Report on horse surra - Volume I
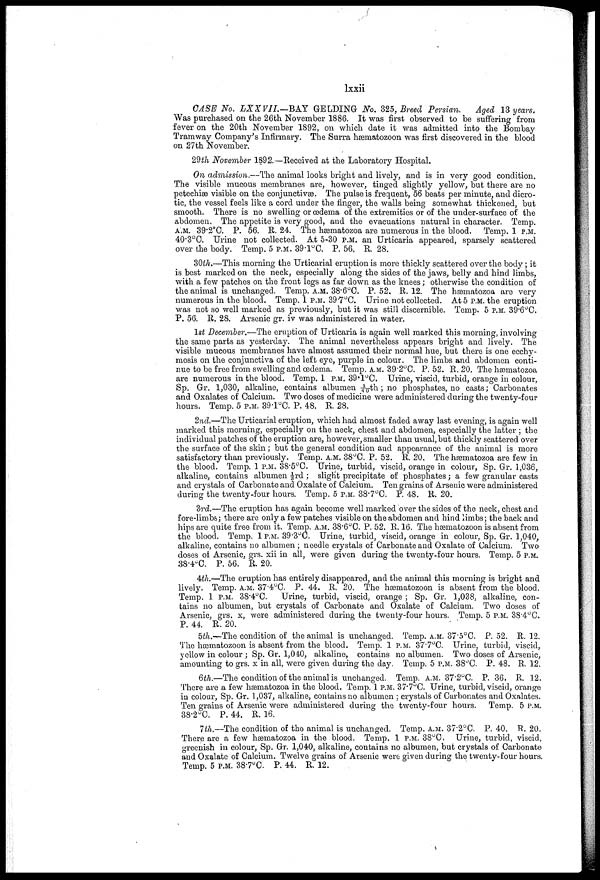
CASE No. LXXVII—BAY
GELDING No. 325, Breed Persian.
Aged 13 years.
Was purchased on the 26th November 1886. It was first observed to be suffering from
fever on the 20th November 1892, on which date it was admitted into the Bombay
Tramway Company's Infirmary. The Surra hæmatozoon was first discovered in the blood
on 27th November.
29th November 1892.—Received at the Laboratory Hospital.
On admission.—The animal looks bright and lively, and is in very good condition.
The visible mucous membranes are, however, tinged slightly yellow, but there are no
petechiæ visible on the conjunctivas. The pulse is frequent, 56 beats per minute, and dicro-
tic, the vessel feels like a cord under the linger, the walls being somewhat thickened, but
smooth. There is no swelling or œdema of the extremities or of the under-surface of the
abdomen. The appetite is very good, and the evacuations natural in character. Temp.
A.M. 39.2°C. P. 56. R. 24. The hæmatozoa are numerous in the blood. Temp. 1 P.M.
40.3°O. Urine not collected. At 5.30 P.M. an Urticaria appeared, suarsely scattered
over the body. Temp. 5 P.M. 39.1°C. P. 56, R. 28.
20th.—This morning the Urticarial eruption is more thickly scattered over the body ; it
is best marked on the neck, especially along the sides of the jaws, belly and hind limbs,
with a few patches on the front legs as far down as the knees ; otherwise the condition of
the animal is unchanged. Temp. A.M. 38.6°C. P. 52. R. 12. The hæmatozoa are very
numerous in the blood. Temp. 1 P.M. 39.7°C. Urine not collected. At 5 P.M. the eruption
was not so well marked as previously, but it was still discernible. Temp. 5 P.M. 39.6°C.
P. 56. R. 28. Arsenic gr. iv was administered in water.
1st December.—The eruption of Urticaria is again well marked this morning, involving
the same parts as yesterday. The animal nevertheless appears bright and lively. The
visible mucous membranes have almost assumed their normal hue, but there is one ecchy-
mosis on the conjunctiva of the left eye, purple in colour. The limbs and abdomen conti-
nue to be free from swelling and œdema. Temp. A.M. 39.2°C. P. 52. R. 20. The hæmatozoa
are numerous in the blood. Temp. 1 P.M. 39.1°C. Urine, viscid, turbid, orange in colour,
Sp. Gr. 1,030, alkaline, contains albumen 1/40 th ; no phosphates, no casts ; Carbonates
and Oxalates of Calcium. Two doses of medicine were administered during the twenty-four
hours. Temp. 5 P.M. 39.1°C. P. 48. R. 28.
2nd.—The Urticarial eruption, which had almost faded away last evening, is again well
marked this morning, especially on the neck, chest and abdomen, especially the latter ; the
individual patches of the eruption are, however, smaller than usual, but thickly scattered over
the surface of the skin ; but the general condition and appearance of the animal is more
satisfactory than previously. Temp. A.M. 38°C. P. 52. R. 20. The hæmatozoa are few in
the blood. Temp. 1 P.M. 38.5°C. Urine, turbid, viscid, orange in colour, Sp. Gr. 1,036,
alkaline, contains albumen 1/3rd ; slight precipitate of phosphates ; a few granular casts
and crystals of Carbonate and Oxalate of Calcium. Ten grains of Arsenic were administered
during the twenty-four hours. Temp. 5 P.M. 38.7°C. P. 48. R. 20.
3rd.—The eruption has again become well marked over the sides of the neck, chest and
fore-limbs; there are only a few patches visible on the abdomen and hind limbs; the back and
hips are quite free from it. Temp. A.M. 38.6°C. P. 52. R. 16. The hæmatozoon is absent from
the blood. Temp. 1 P.M. 39.3°C. Urine, turbid, viscid, orange in colour, Sp. Gr. 1,040,
alkaline, contains no albumen ; needle crystals of Carbonate and Oxalate of Calcium. Two
doses of Arsenic, grs. xii in all, were given during the twenty-four hours. Temp. 5 P.M.
38.4°C. P. 56. R. 20.
4th.—The eruption has entirely disappeared, and the animal this morning is bright and
lively. Temp. A.M. 37.4°C. P. 44. R. 20. The hæmatozoon is absent from the blood.
Temp. 1 P.M. 38.4°C.
Urine, turbid, viscid, orange ; Sp. Gr. 1,038, alkaline, con-
tains no albumen, but crystals of Carbonate and Oxalate of Calcium. Two doses of
Arsenic, grs. x, were administered during the twenty-four hours. Temp. 5 P.M. 38.4°C.
P. 44. R. 20.
5th.—The condition of the animal is unchanged. Temp. A.M. 37.5°C. P. 52. R. 12.
The hæmatozoon is absent from the blood. Temp. 1 P.M. 37.7°C. Urine, turbid, viscid,
yellow in colour ; Sp. Gr. 1,040, alkaline, contains no albumen. Two doses of Arsenic,
amounting to grs. x in all, were given during the clay. Temp. 5 P.M. 38°C. P. 48. R. 12.
6th.—The condition of the animal is unchanged. Temp. A.M. 37.2°C. P. 36. R. 12.
There are a few hæmatozoa in the blood. Temp. 1 P.M. 37.7°C. Urine, turbid, viscid, orange
in colour, Sp. Gr. 1,037, alkaline, contains no albumen ; crystals of Carbonates and Oxalates.
Ten grains of Arsenic were administered during the twenty-four hours. Temp. 5 P.M.
38.2°C. P. 44. R. 16.
1th.—The condition of the animal is unchanged. Temp. A.M. 37.2°C. P. 40. ft. 20.
There are a few hæmatozoa in the blood. Temp. 1 P.M. 38°C. Urine, turbid, viscid,
greenish in colour, Sp. Gr. 1,040, alkaline, contains no albumen, but crystals of Carbonate
and Oxalate of Calcium. Twelve grains of Arsenic were given during the twenty-four hours.
Temp. 5 P.M. 38.7°C. P. 44. R. 12.